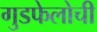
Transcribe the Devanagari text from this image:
गुडफेलोची